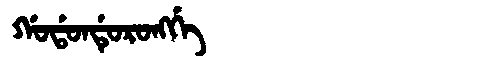
Manchu: ᡤᠣᡩᠣᠨᡩᡠᡵᠣᠩᡤᡝ
Romanization: GODONDURONGGE